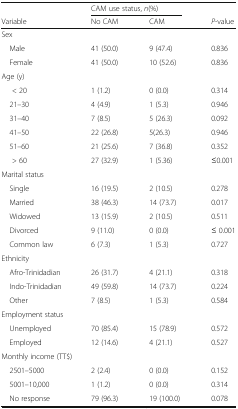
<table><thead><tr><td></td><td colspan="2"><b>CAM use status, <i>n</i>(%)</b></td><td></td></tr><tr><td><b>Variable</b></td><td><b>No CAM</b></td><td><b>CAM</b></td><td><b><i>P</i>-value</b></td></tr></thead><tbody><tr><td colspan="4">Sex</td></tr><tr><td> Male</td><td>41 (50.0)</td><td>9 (47.4)</td><td>0.836</td></tr><tr><td> Female</td><td>41 (50.0)</td><td>10 (52.6)</td><td>0.836</td></tr><tr><td colspan="4">Age (y)</td></tr><tr><td>&lt; 20</td><td>1 (1.2)</td><td>0 (0.0)</td><td>0.314</td></tr><tr><td> 21–30</td><td>4 (4.9)</td><td>1 (5.3)</td><td>0.946</td></tr><tr><td> 31–40</td><td>7 (8.5)</td><td>5 (26.3)</td><td>0.092</td></tr><tr><td> 41–50</td><td>22 (26.8)</td><td>5(26.3)</td><td>0.946</td></tr><tr><td> 51–60</td><td>21 (25.6)</td><td>7 (36.8)</td><td>0.352</td></tr><tr><td>&gt; 60</td><td>27 (32.9)</td><td>1 (5.36)</td><td>≤0.001</td></tr><tr><td colspan="4">Marital status</td></tr><tr><td> Single</td><td>16 (19.5)</td><td>2 (10.5)</td><td>0.278</td></tr><tr><td> Married</td><td>38 (46.3)</td><td>14 (73.7)</td><td>0.017</td></tr><tr><td> Widowed</td><td>13 (15.9)</td><td>2 (10.5)</td><td>0.511</td></tr><tr><td> Divorced</td><td>9 (11.0)</td><td>0 (0.0)</td><td>≤ 0.001</td></tr><tr><td> Common law</td><td>6 (7.3)</td><td>1 (5.3)</td><td>0.727</td></tr><tr><td colspan="4">Ethnicity</td></tr><tr><td> Afro-Trinidadian</td><td>26 (31.7)</td><td>4 (21.1)</td><td>0.318</td></tr><tr><td> Indo-Trinidadian</td><td>49 (59.8)</td><td>14 (73.7)</td><td>0.224</td></tr><tr><td> Other</td><td>7 (8.5)</td><td>1 (5.3)</td><td>0.584</td></tr><tr><td colspan="4">Employment status</td></tr><tr><td> Unemployed</td><td>70 (85.4)</td><td>15 (78.9)</td><td>0.572</td></tr><tr><td> Employed</td><td>12 (14.6)</td><td>4 (21.1)</td><td>0.527</td></tr><tr><td colspan="4">Monthly income (TT$)</td></tr><tr><td> 2501–5000</td><td>2 (2.4)</td><td>0 (0.0)</td><td>0.152</td></tr><tr><td> 5001–10,000</td><td>1 (1.2)</td><td>0 (0.0)</td><td>0.314</td></tr><tr><td> No response</td><td>79 (96.3)</td><td>19 (100.0)</td><td>0.078</td></tr></tbody></table>